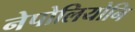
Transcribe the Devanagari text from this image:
नेपोलियोनि